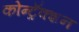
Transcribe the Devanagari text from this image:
कोन्ट्रॅक्शन